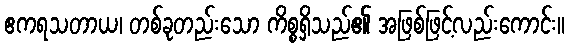
ဧကရသတာယ၊ တစ်ခုတည်းသော ကိစ္စရှိသည်၏ အဖြစ်ဖြင့်လည်းကောင်း။